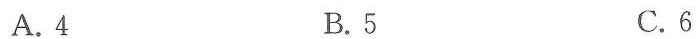
A.4 B.5 C.6